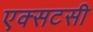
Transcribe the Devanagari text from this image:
एक्सटसी